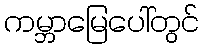
ကမ္ဘာမြေပေါ်တွင်